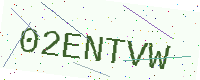
Text: 02ENTVW